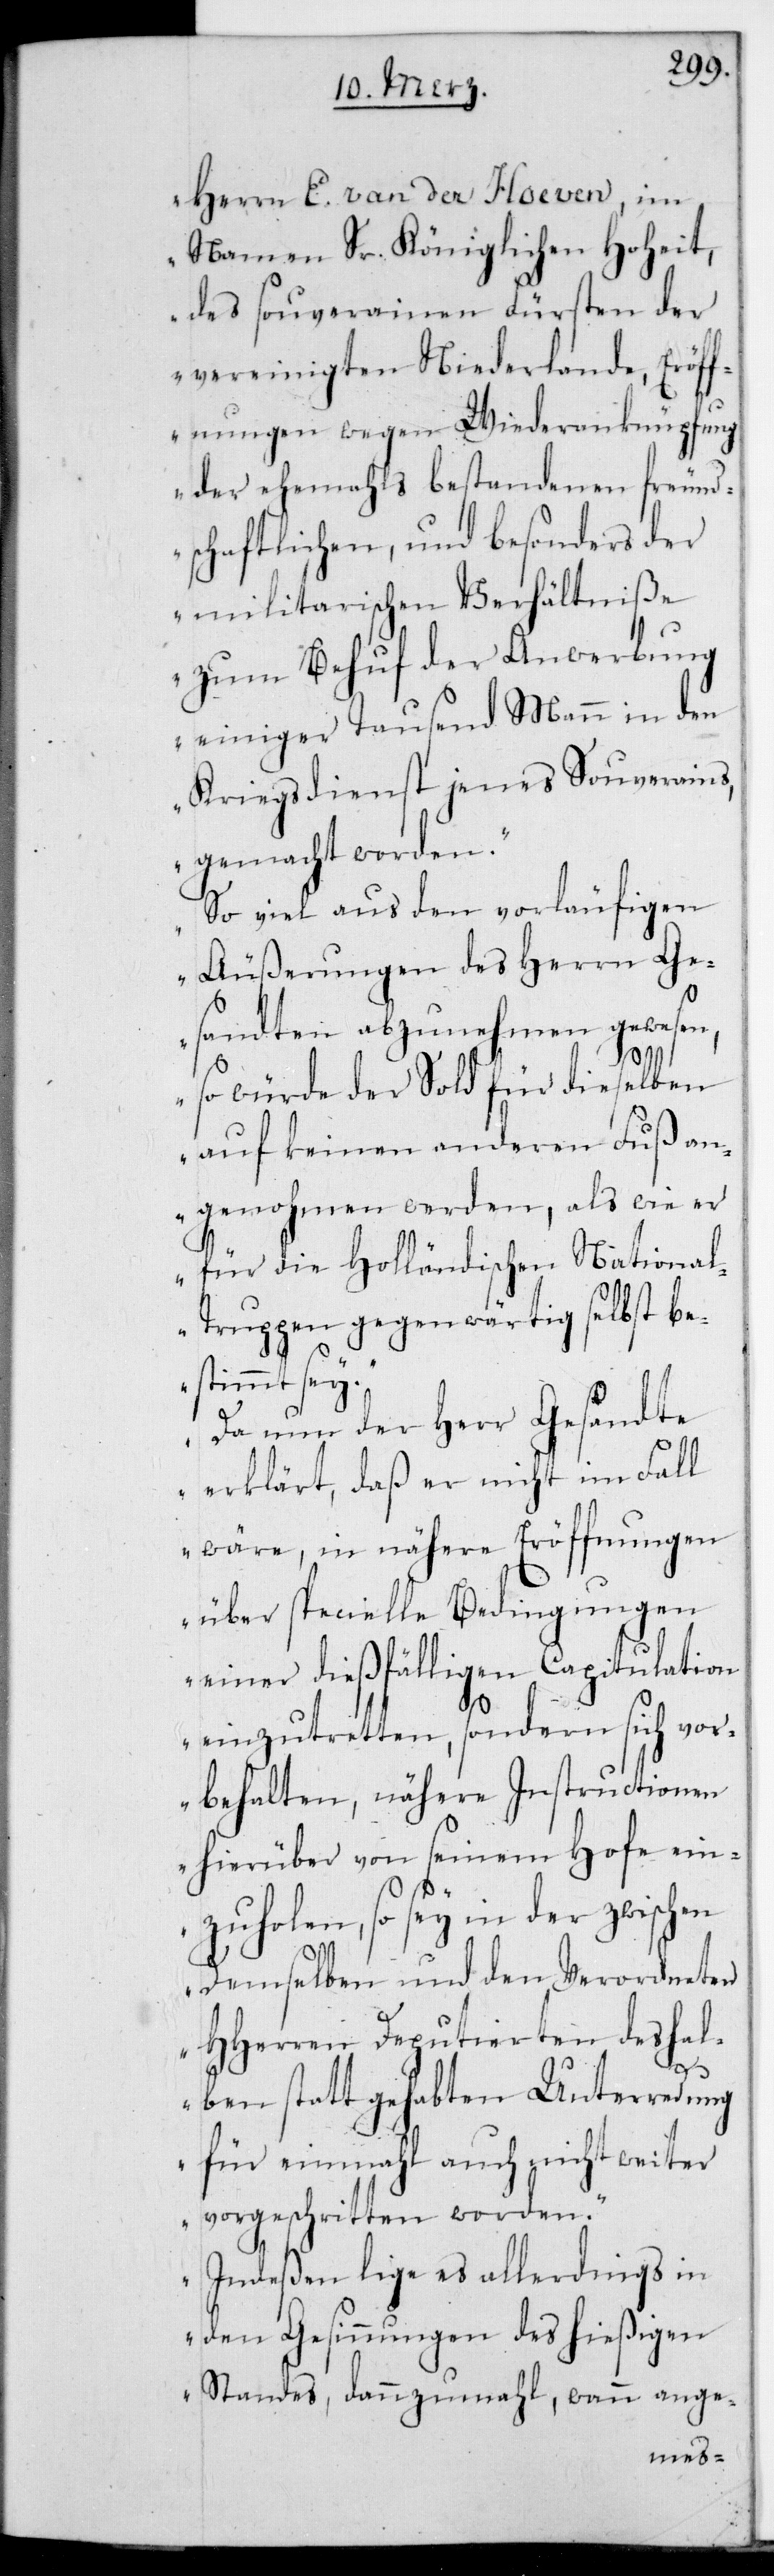
Herrn E. van der Hoeven, im
Namen Sr. Königlichen Hoheit,
des souverainen Fürsten der
vereinigten Niederlande, Eröf¬
fnungen wegen Wiederanknüpfung
der ehemals bestandenen freund¬
schaftlichen, und besonders der
militairischen Verhältniße
zum Behuf der Anwerbung
einiger tausend Mann in den
Kriegsdienst jenes Souverains,
gemacht worden.
So viel aus den vorläufigen
Äußerungen des Herrn Ge¬
sandten abzunehmen gewesen,
so würde der Sold für dieselben
auf keinen anderen Fuß an¬
genohmen werden, als wie er
für die Holländischen National¬
truppen gegenwärtig selbst be¬
stimmt sey.
Da nun der Herr Gesandte
erklärt, daß er nicht im Fall
wäre, in nähere Eröffnungen
über specielle Bedingungen
einer dießfälligen Capitulation
einzutretten, sondern sich vor¬
behalten, nähere Instructionen
hierüber von seinem Hofe ein¬
zuholen, so sey in der zwischen
demselben und den verordneten
HHerren Deputierten deshal¬
ben stattgehabten Unterredung
für einmal auch nicht weiter
vorgeschritten worden.
Indeßen liege es allerdings in
den Gesinnungen des hießigen
Standes, dannzumahl, wenn ange-